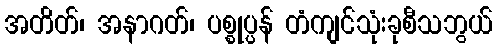
အတိတ်၊ အနာဂတ်၊ ပစ္စုပ္ပန် တံကျင်သုံးခုစီသဘွယ်